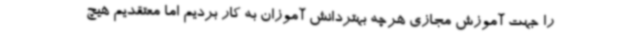
را جهت آموزش مجازی هرچه بهتردانش آموزان به کار بردیم اما معتقدیم هیچ